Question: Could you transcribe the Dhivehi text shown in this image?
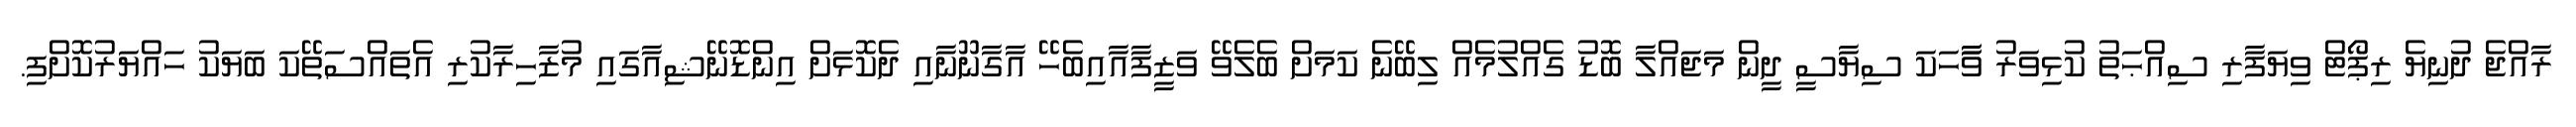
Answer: ރާއްޖެ ދުނިޔެ ރިޕޯޓް ވިޔަފާރި ސިއްޙަތު ކުޅިވަރު ވާާހަކަ ސިޔާސީ ދީން މަޖައްލާ ބޮޑު ގެއްލުމެއް ލިބޭނެ ކަމަށް ބެލެވޭ ވަޒީފާއާއިބެހޭ އާގާނޫނާއި ދެކޮޅަށް އިންޑޮނޭޝިއާގައި މުޒާހިރާކުރި އެތައްސަތޭކަ ބަޔަކު ހައްޔަރުކޮށްފި.